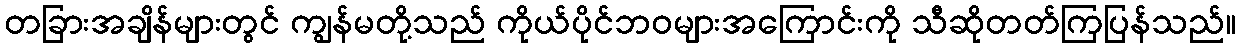
တခြားအချိန်များတွင် ကျွန်မတို့သည် ကိုယ်ပိုင်ဘဝများအကြောင်းကို သီဆိုတတ်ကြပြန်သည်။